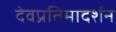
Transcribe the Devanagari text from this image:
देवप्रतिमादर्शन